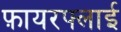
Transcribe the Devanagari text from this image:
फ़ायरफ्लाई